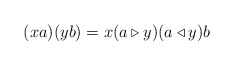
\begin{align*}(xa)(yb)=x(a\triangleright y)(a\triangleleft y)b\end{align*}